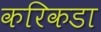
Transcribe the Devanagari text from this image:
करिकडा